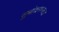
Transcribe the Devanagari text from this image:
सुबोधगम्यता